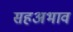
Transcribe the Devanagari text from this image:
सहअभाव